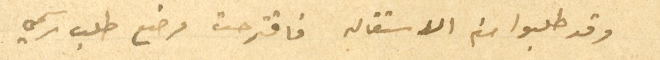
وقد طلبوا منه الاستقاله فاقترحت وضع طلب رسمي